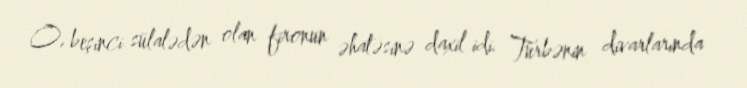
O, beşinci sülalədən olan fironun əhatəsinə daxil idi. Türbənin divarlarında